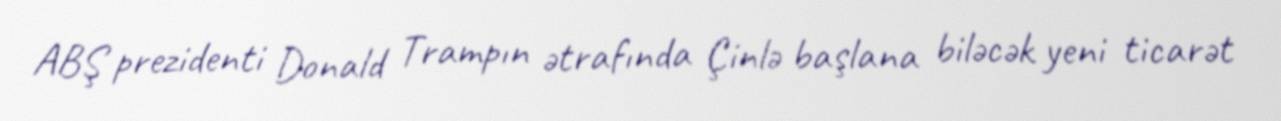
ABŞ prezidenti Donald Trampın ətrafında Çinlə başlana biləcək yeni ticarət